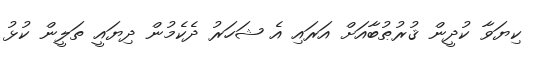
ކިޔަވާ ކުދީން ޤުރުޠުބާއަށް އަރައި އެ ޝަހަރު ދެކެމުން ދިޔައީ ތަލީން ކުޅު